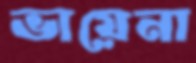
ভায়েনা